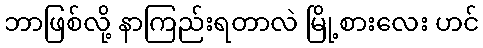
ဘာဖြစ်လို့ နာကြည်းရတာလဲ မြို့စားလေး ဟင်